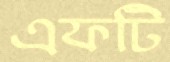
এফটি